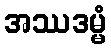
အဿဒမ္မံ